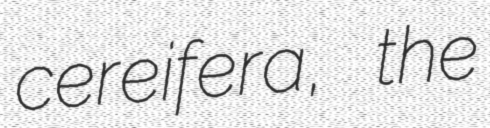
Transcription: cereifera, the